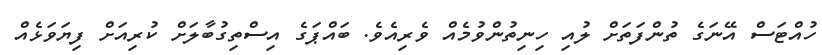
ހުއްޓަސް އޭނަގެ ތުންފަތަށް ލުއި ހިނިތުންވުމެއް ވެރިއެވެ. ބައްޕަގެ އިސްތިގުބާލަށް ކުރިއަށް ފިޔަވަޅެއް